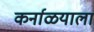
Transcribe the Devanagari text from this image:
कर्नाळयाला